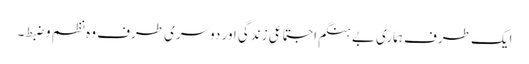
ایک طرف ہماری بے ہنگم اجتماعی زندگی اور دوسری طرف وہ نظم و ضبط۔